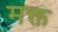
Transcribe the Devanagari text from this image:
मक्त